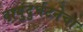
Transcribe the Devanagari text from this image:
वायुदुर्घटनेचा